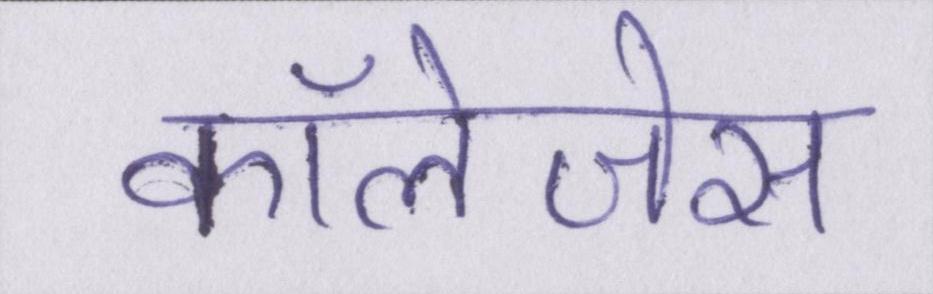
कॉलेजेस